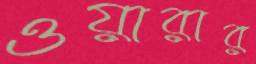
ওয়ারার